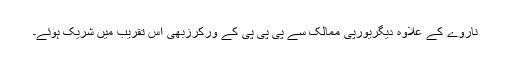
ناروے کے علاوہ دیگریورپی ممالک سے پی پی پی کے ورکرزبھی اس تقریب میں شریک ہوئے۔